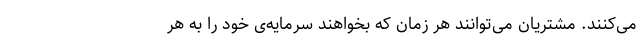
می‌کنند. مشتریان می‌توانند هر زمان که بخواهند سرمایه‌ی خود را به هر